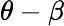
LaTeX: \theta-\beta